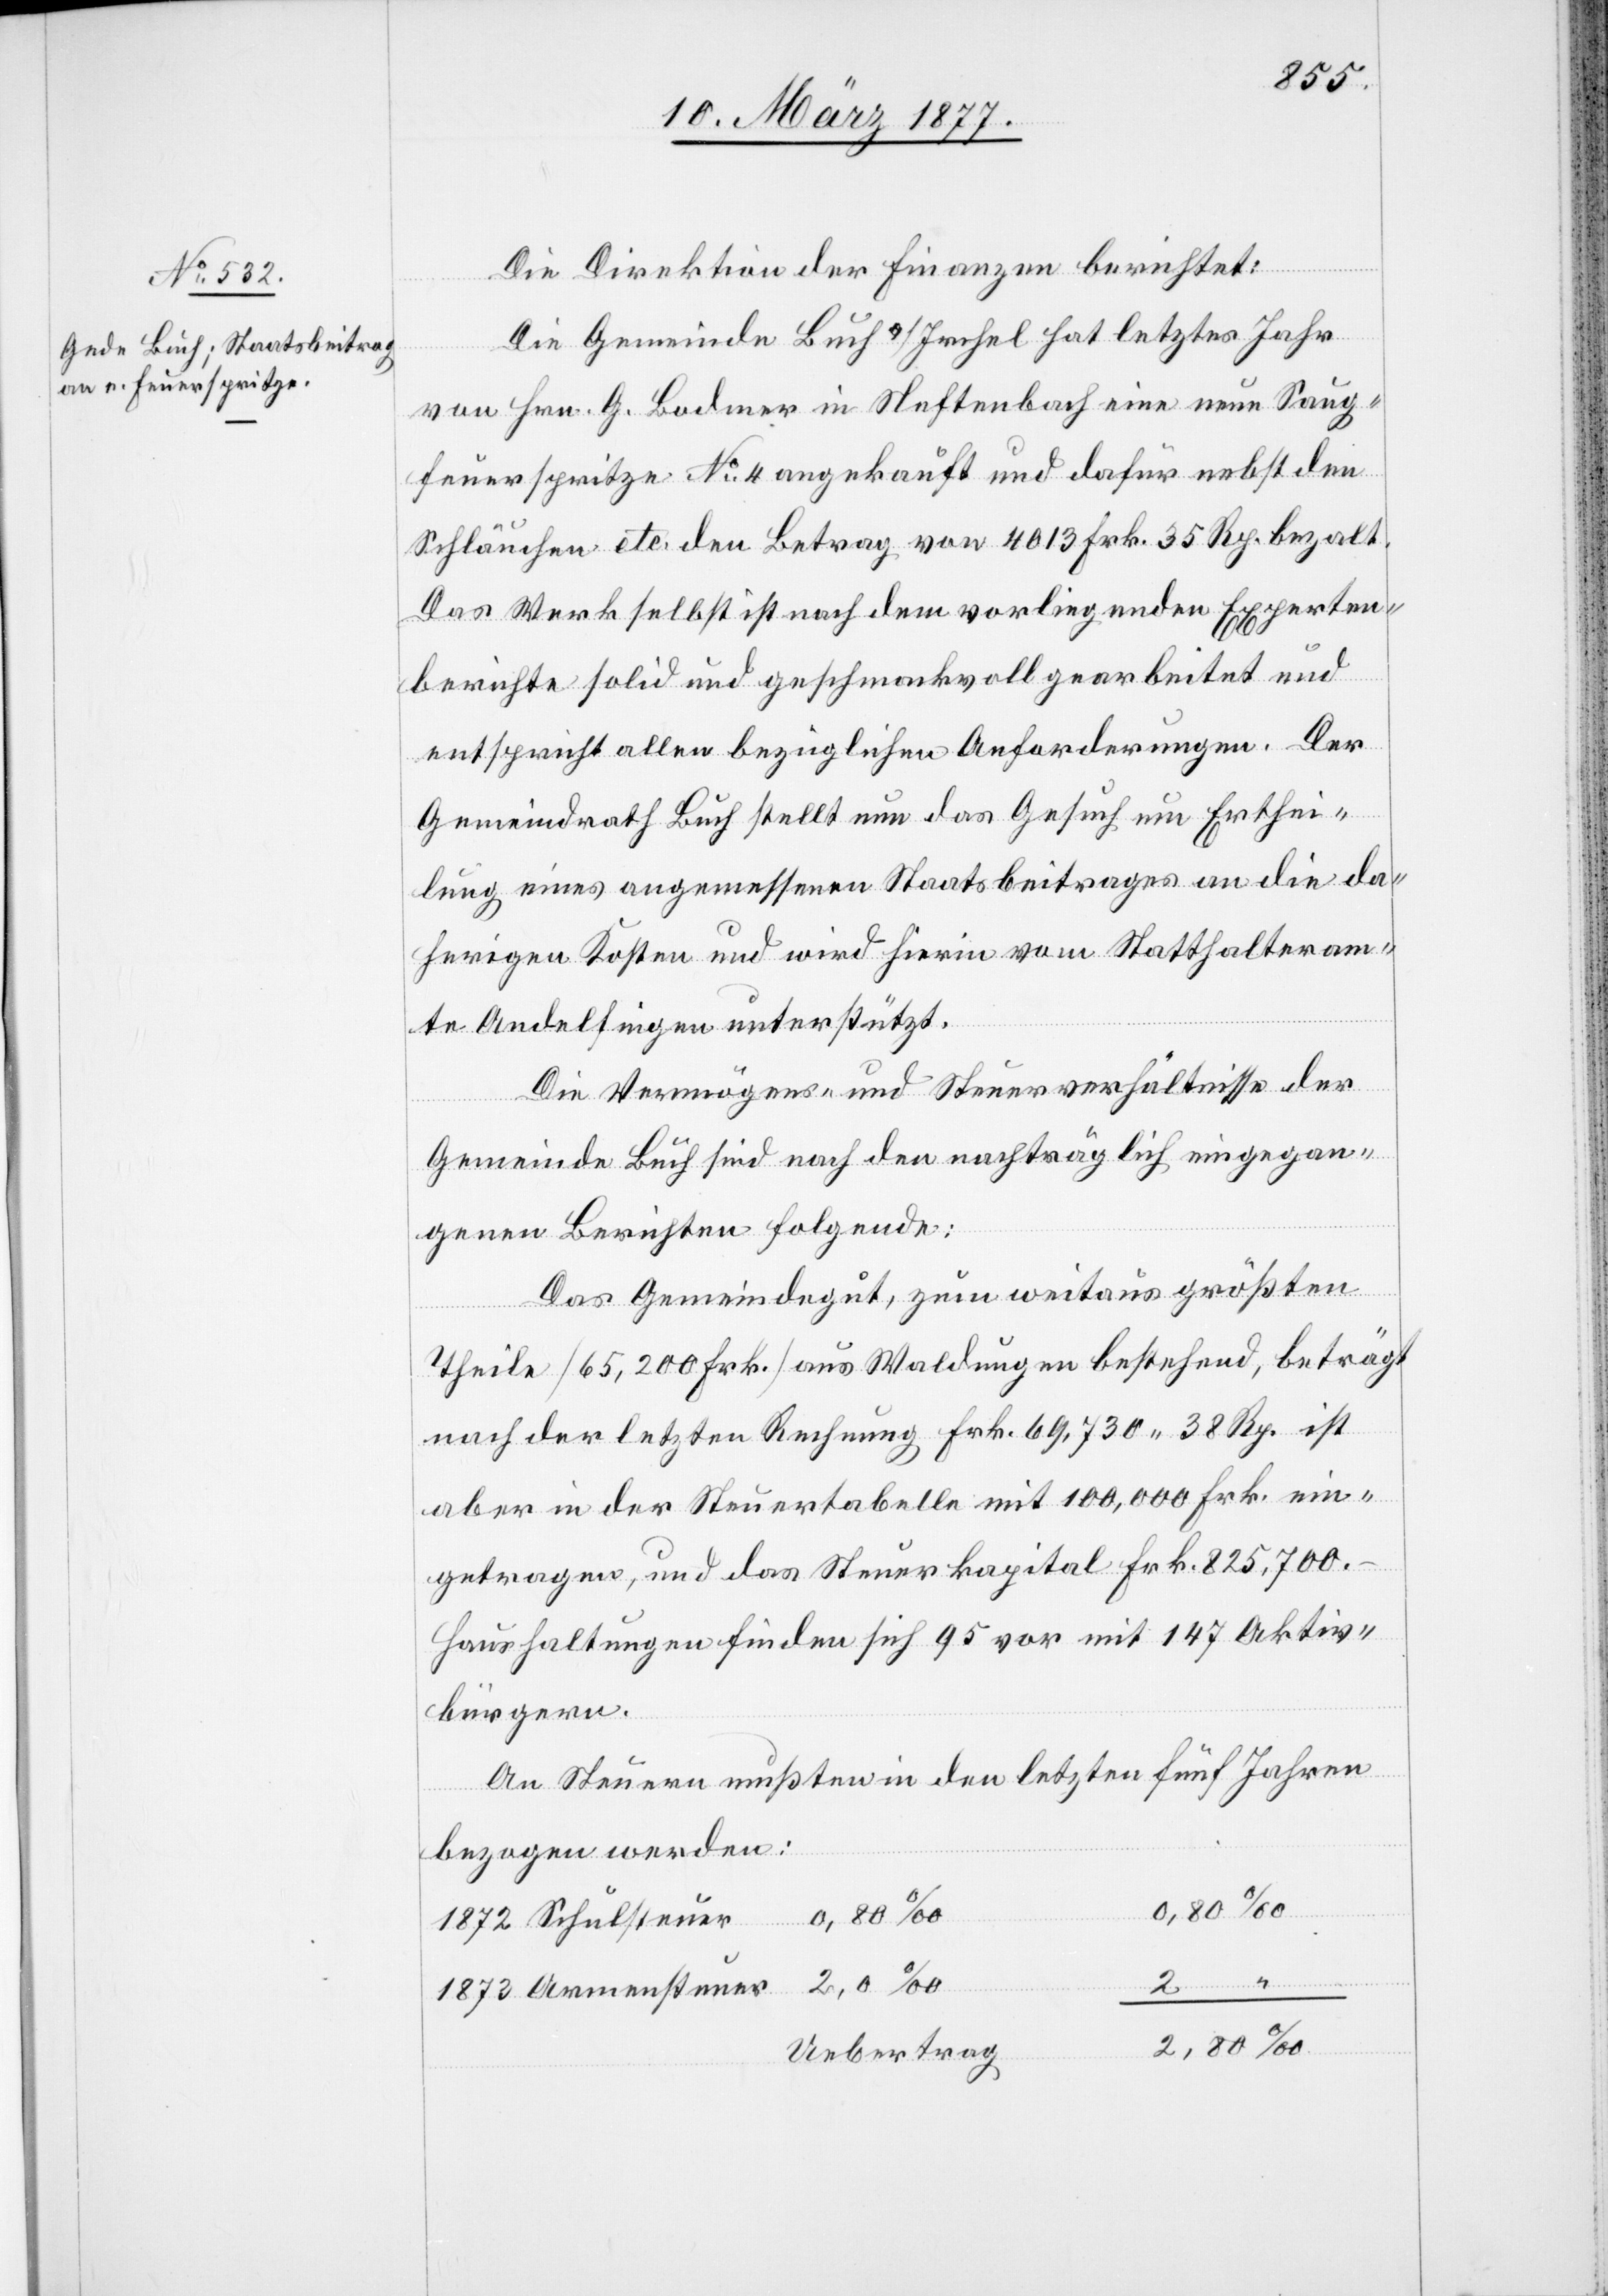
1873
Die Direktion der Finanzen berichtet:
Die Gemeinde Buch a/Irchel hat letztes Jahr
“
von Hrn. G. Bodmer in Neftenbach eine neue Saug¬
feuerspritze No 4 angekauft und dafür nebst den
Schläuchen etc. den Betrag von 4013 Frk. 35 Rp. bezahlt.
Das Werk selbst ist nach dem vorliegenden Experten¬
berichte solid und geschmackvoll gearbeitet und
entspricht allen bezüglichen Anforderungen. Der
Gemeindrath Buch stellt nun das Gesuch um Erthei¬
lung eines angemessenen Staatsbeitrages an die da¬
herigen Kosten und wird hierin vom Statthalteram¬
te Andelfingen unterstützt.
Die Vermögens- und Steuerverhältnisse der
Gemeinde Buch sind nach den nachträglich eingegan¬
genen Berichten folgende:
Das Gemeindegut, zum weitaus größten
Theile [65,200 Frk.] aus Waldungen bestehend, beträgt
nach der letzten Rechnung Frk. 69,730 38 Rp. ist
aber in der Steuertabelle mit 100,000 Frk. ein¬
getragen, und das Steuerkapital Frk. 825,700.–
Haushaltungen finden sich 95 vor mit 147 Aktiv¬
bürgern.
An Steuern mußten in den letzten fünf Jahren
Armensteuer
bezogen werden:
0,80
Uebertrag